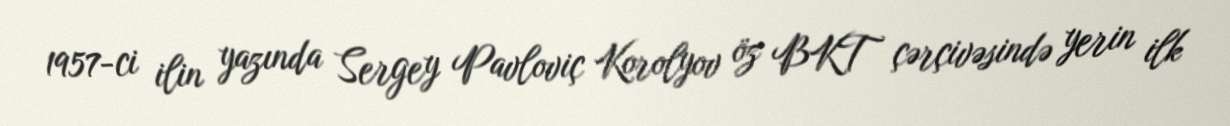
1957-ci ilin yazında Sergey Pavloviç Korolyov öz BKT çərçivəsində yerin ilk